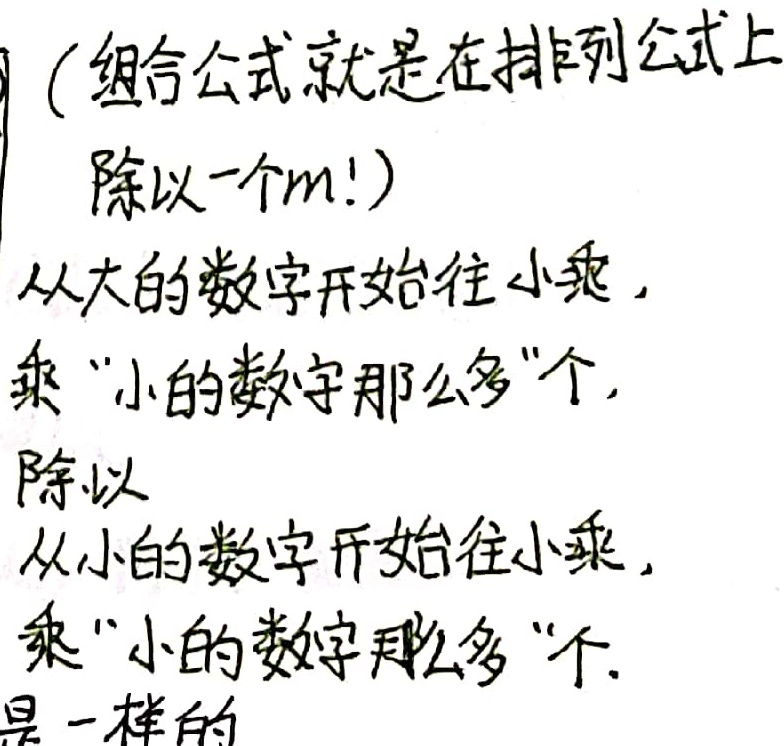
（组合公式就是在排列公式上除以一个\(m!\)）从大的数字开始往小乘，乘“小的数字那么多”个，除以从小的数字开始往小乘，乘“小的数字那么多”个，是一样的